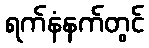
ရက်နံနက်တွင်